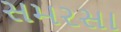
સમરસા